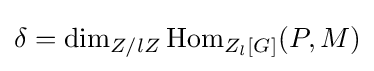
\delta =\dim _{Z/lZ}{\text{Hom}}_{Z_{l}[G]}(P,M)